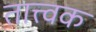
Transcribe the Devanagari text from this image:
तात्त्वक